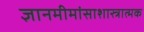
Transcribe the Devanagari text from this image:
ज्ञानमीमांसाशास्त्रात्मक